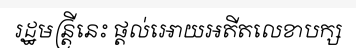
រដ្ឋមន្ត្រីនេះ ផ្តល់អោយអតីតលេខាបក្ស